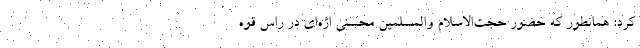
کرد: همانطور که حضور حجت‌الاسلام والمسلمین محسنی اژه‌ای در راس قوه